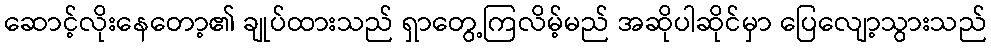
ဆောင့်လိုးနေတော့၏ ချုပ်ထားသည် ရှာတွေ့ကြလိမ့်မည် အဆိုပါဆိုင်မှာ ပြေလျော့သွားသည်